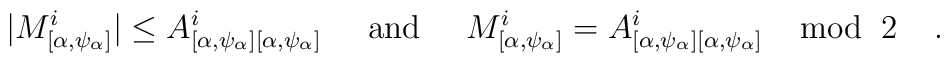
|M^i_{[\alpha, \psi_{\alpha}]}| \leq A^i_{[\alpha, \psi_{\alpha}][\alpha, \psi_{\alpha}]} \;\;\;\;\; {\rm and} \;\;\;\;\; M^i_{[\alpha, \psi_{\alpha}]} = A^i_{[\alpha, \psi_{\alpha}][\alpha, \psi_{\alpha}]} \;\;\;\; {\rm mod} \;\; 2 \;\;\;\; .